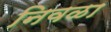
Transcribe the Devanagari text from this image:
निवळा